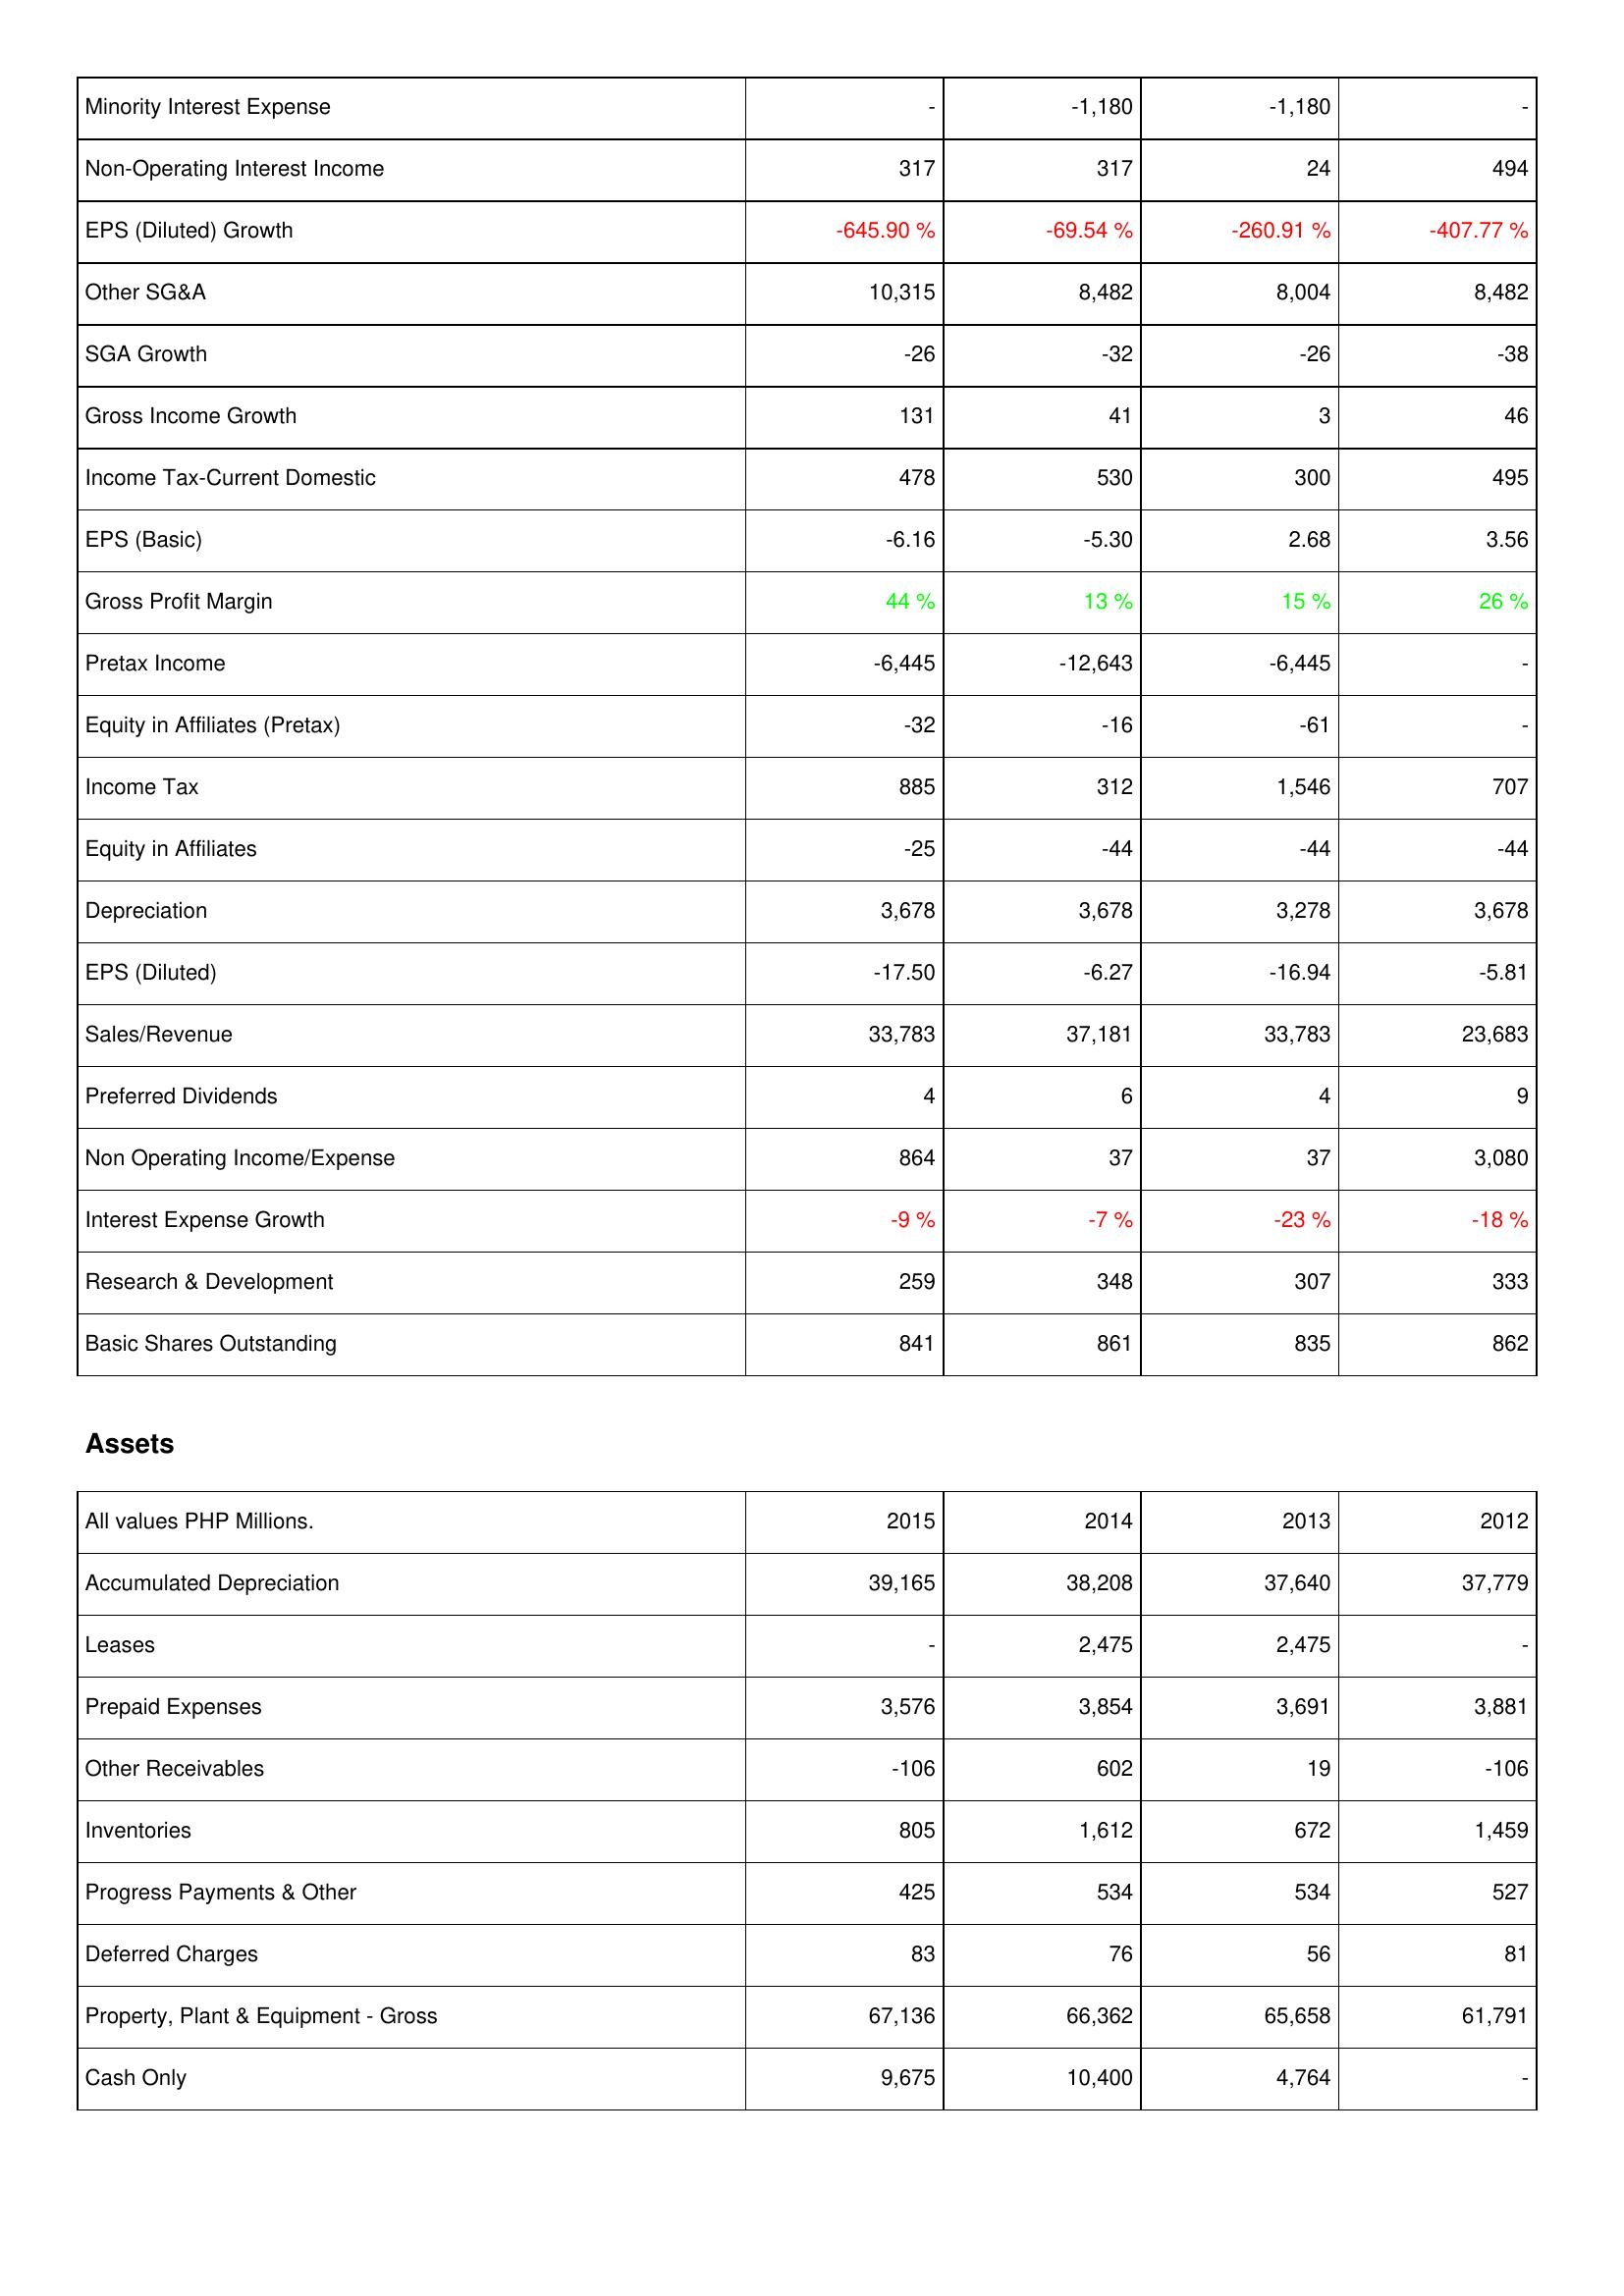
2015: Income Statement: Minority Interest Expense: -
Non-Operating Interest Income: 317
EPS (Diluted) Growth: -645.90 %
Other SG&A: 10,315
SGA Growth: -26
Gross Income Growth: 131
Income Tax-Current Domestic: 478
EPS (Basic): -6.16
Gross Profit Margin: 44 %
Pretax Income: -6,445
Equity in Affiliates (Pretax): -32
Income Tax: 885
Equity in Affiliates: -25
Depreciation: 3,678
EPS (Diluted): -17.50
Sales/Revenue: 33,783
Preferred Dividends: 4
Non Operating Income/Expense: 864
Interest Expense Growth: -9 %
Research & Development: 259
Basic Shares Outstanding: 841
Assets: Accumulated Depreciation: 39,165
Leases: -
Prepaid Expenses: 3,576
Other Receivables: -106
Inventories: 805
Progress Payments & Other: 425
Deferred Charges: 83
Property, Plant & Equipment - Gross: 67,136
Cash Only: 9,675
2014: Income Statement: Minority Interest Expense: -1,180
Non-Operating Interest Income: 317
EPS (Diluted) Growth: -69.54 %
Other SG&A: 8,482
SGA Growth: -32
Gross Income Growth: 41
Income Tax-Current Domestic: 530
EPS (Basic): -5.30
Gross Profit Margin: 13 %
Pretax Income: -12,643
Equity in Affiliates (Pretax): -16
Income Tax: 312
Equity in Affiliates: -44
Depreciation: 3,678
EPS (Diluted): -6.27
Sales/Revenue: 37,181
Preferred Dividends: 6
Non Operating Income/Expense: 37
Interest Expense Growth: -7 %
Research & Development: 348
Basic Shares Outstanding: 861
Assets: Accumulated Depreciation: 38,208
Leases: 2,475
Prepaid Expenses: 3,854
Other Receivables: 602
Inventories: 1,612
Progress Payments & Other: 534
Deferred Charges: 76
Property, Plant & Equipment - Gross: 66,362
Cash Only: 10,400
2013: Income Statement: Minority Interest Expense: -1,180
Non-Operating Interest Income: 24
EPS (Diluted) Growth: -260.91 %
Other SG&A: 8,004
SGA Growth: -26
Gross Income Growth: 3
Income Tax-Current Domestic: 300
EPS (Basic): 2.68
Gross Profit Margin: 15 %
Pretax Income: -6,445
Equity in Affiliates (Pretax): -61
Income Tax: 1,546
Equity in Affiliates: -44
Depreciation: 3,278
EPS (Diluted): -16.94
Sales/Revenue: 33,783
Preferred Dividends: 4
Non Operating Income/Expense: 37
Interest Expense Growth: -23 %
Research & Development: 307
Basic Shares Outstanding: 835
Assets: Accumulated Depreciation: 37,640
Leases: 2,475
Prepaid Expenses: 3,691
Other Receivables: 19
Inventories: 672
Progress Payments & Other: 534
Deferred Charges: 56
Property, Plant & Equipment - Gross: 65,658
Cash Only: 4,764
2012: Income Statement: Minority Interest Expense: -
Non-Operating Interest Income: 494
EPS (Diluted) Growth: -407.77 %
Other SG&A: 8,482
SGA Growth: -38
Gross Income Growth: 46
Income Tax-Current Domestic: 495
EPS (Basic): 3.56
Gross Profit Margin: 26 %
Pretax Income: -
Equity in Affiliates (Pretax): -
Income Tax: 707
Equity in Affiliates: -44
Depreciation: 3,678
EPS (Diluted): -5.81
Sales/Revenue: 23,683
Preferred Dividends: 9
Non Operating Income/Expense: 3,080
Interest Expense Growth: -18 %
Research & Development: 333
Basic Shares Outstanding: 862
Assets: Accumulated Depreciation: 37,779
Leases: -
Prepaid Expenses: 3,881
Other Receivables: -106
Inventories: 1,459
Progress Payments & Other: 527
Deferred Charges: 81
Property, Plant & Equipment - Gross: 61,791
Cash Only: -